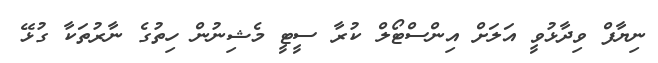
ނިޔާފް ވިދާޅުވީ އަލަށް އިންސްޓޯލް ކުރާ ސީޓީ މެޝިނުން ހިތުގެ ނާރުތަކާ ގުޅޭ